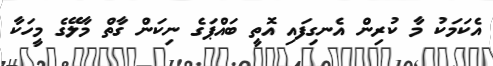
އެކަމަކު މާ ކުރިން އެނގިފައި އޮތީ ބައްޕަގެ ނިކަން ގާތް މާލޭގެ މީހަކާ